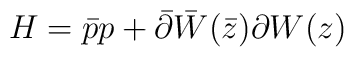
H=\bar{p}p+\bar{\partial}\bar{W}(\bar{z})\partial W(z)